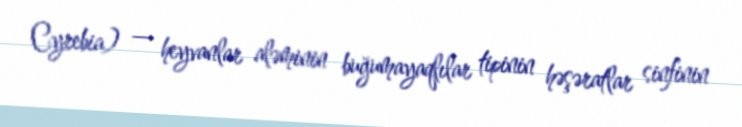
Cyrebia) — heyvanlar aləminin buğumayaqlılar tipinin həşəratlar sinfinin